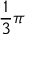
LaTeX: { \frac { 1 } { 3 } } \pi